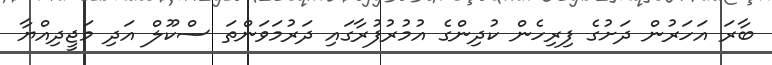
ބާރަ އަހަރުން ދަށުގެ ފިރިހެން ކުދިންގެ އުމުރުފުރާގައި ދަރުމަވަންތަ ސްކޫލް އަދި މަޖީދިއްޔާ